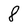
Character: 8